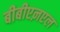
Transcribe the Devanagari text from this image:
बीबीएऩएल